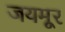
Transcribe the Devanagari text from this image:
जयमूर